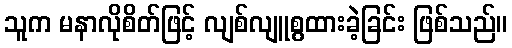
သူက မနာလိုစိတ်ဖြင့် လျစ်လျူစွထားခဲ့ခြင်း ဖြစ်သည်။